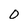
Character: 0